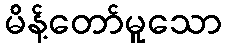
မိန့်တော်မူသော